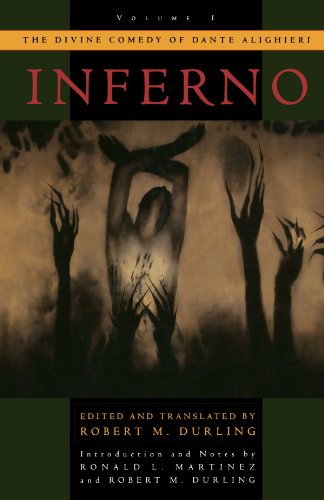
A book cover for The Divine Comedy of Dante Alighieri: Volume 1: Inferno; Dante Alighieri; Literature & Fiction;